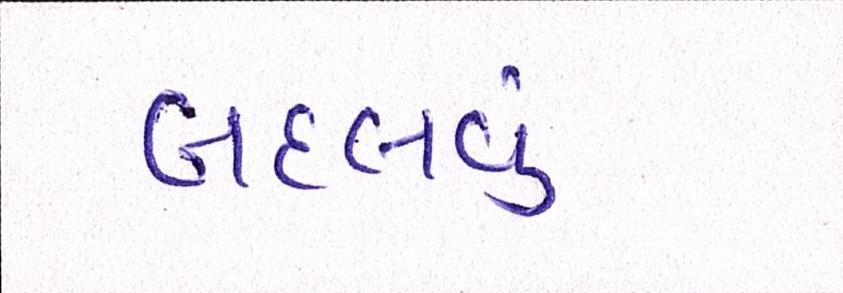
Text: બદલવું